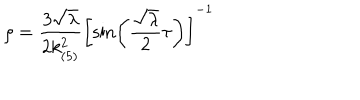
\rho = \frac { 3 \sqrt { \lambda } } { 2 k _ { ( 5 ) } ^ { 2 } } \left[ \sin \left( \frac { \sqrt { \lambda } } { 2 } \tau \right) \right] ^ { - 1 }